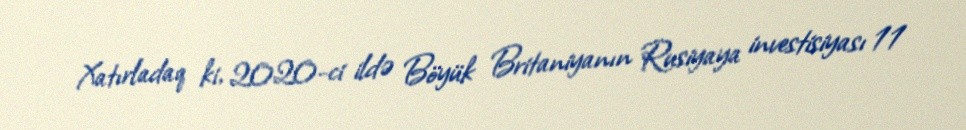
Xatırladaq ki, 2020-ci ildə Böyük Britaniyanın Rusiyaya investisiyası 11